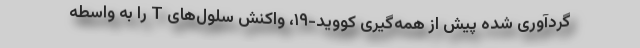
گردآوری شده پیش از همه‌گیری کووید-۱۹، واکنش سلول‌های T را به واسطه